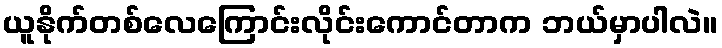
ယူနိုက်တစ်လေကြောင်းလိုင်းကောင်တာက ဘယ်မှာပါလဲ။